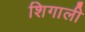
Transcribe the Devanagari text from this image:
शिगाली